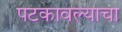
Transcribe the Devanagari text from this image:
पटकावल्याचा